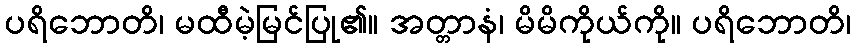
ပရိဘောတိ၊ မထီမဲ့မြင်ပြု၏။ အတ္တာနံ၊ မိမိကိုယ်ကို။ ပရိဘောတိ၊